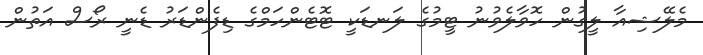
މެލޭޝިއާ ލީގުން ހޮވާލެވުނު ޓީމުގެ ލަނޑަކީ ޓޮޓެންހަމްގެ ޑިފެންޑަރު ޑެނީ ރޯސް އަތުން